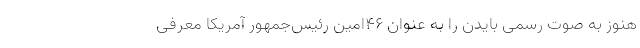
هنوز به صوت رسمی بایدن را به عنوان ۴۶‌امین رئیس‌جمهور آمریکا معرفی